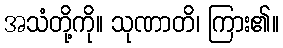
အသံတို့ကို။ သုဏာတိ၊ ကြား၏။